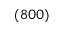
( 8 0 0 )